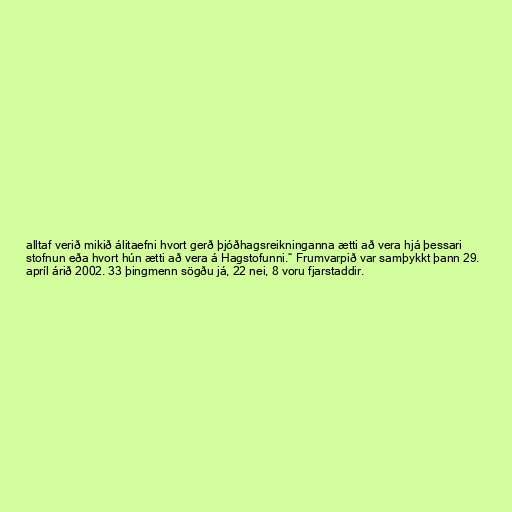
alltaf verið mikið álitaefni hvort gerð þjóðhagsreikninganna ætti að vera hjá þessari
stofnun eða hvort hún ætti að vera á Hagstofunni.“ Frumvarpið var samþykkt þann 29.
apríl árið 2002. 33 þingmenn sögðu já, 22 nei, 8 voru fjarstaddir.